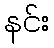
နင်း